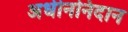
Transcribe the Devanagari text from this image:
अधीननिदान